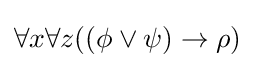
\forall x\forall z((\phi \lor \psi )\rightarrow \rho )